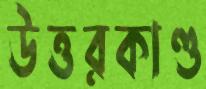
উত্তরকাণ্ড